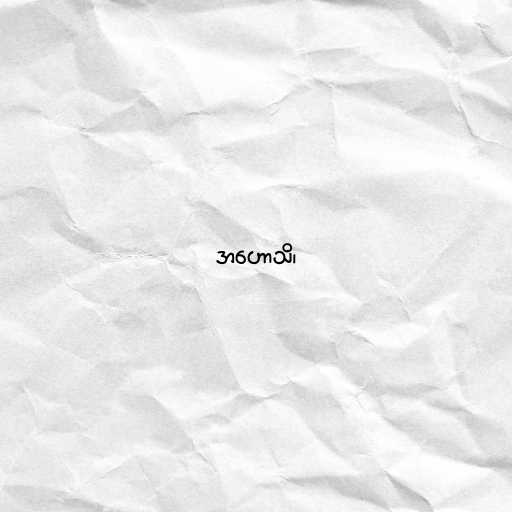
အဟောသိ၊